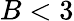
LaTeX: B<3